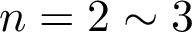
n = 2 \sim 3